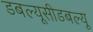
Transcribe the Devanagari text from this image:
डबल्यूसीडबल्यू